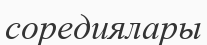
соредиялары